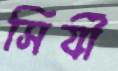
সির্যী